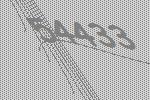
54433